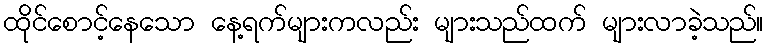
ထိုင်စောင့်နေသော နေ့ရက်များကလည်း များသည်ထက် များလာခဲ့သည်။